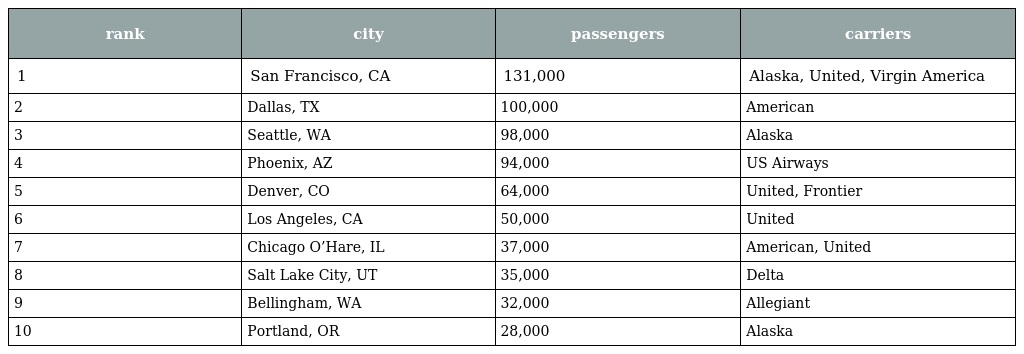
| rank | city | passengers | carriers |
 | --- | --- | --- | --- |
 | 1 | San Francisco, CA | 131,000 | Alaska, United, Virgin America |
 | 2 | Dallas, TX | 100,000 | American |
 | 3 | Seattle, WA | 98,000 | Alaska |
 | 4 | Phoenix, AZ | 94,000 | US Airways |
 | 5 | Denver, CO | 64,000 | United, Frontier |
 | 6 | Los Angeles, CA | 50,000 | United |
 | 7 | Chicago O’Hare, IL | 37,000 | American, United |
 | 8 | Salt Lake City, UT | 35,000 | Delta |
 | 9 | Bellingham, WA | 32,000 | Allegiant |
 | 10 | Portland, OR | 28,000 | Alaska |